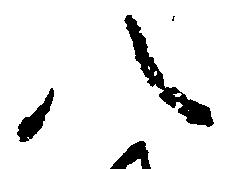
八